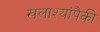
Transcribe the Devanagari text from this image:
खलाश्यांपैकी